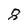
Character: 8